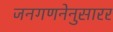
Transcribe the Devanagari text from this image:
जनगणनेनुसारर